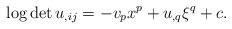
LaTeX: \begin{align*} \log\det u_{,ij}=-v_px^p+u_{,q}\xi^q+c. \end{align*}